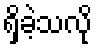
ရှိခဲ့သလို